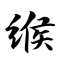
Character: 缑